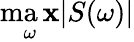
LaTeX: \operatorname*{ma\mathbf{x}}_{\omega}|S(\omega)|